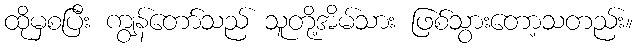
ထိုမှစပြီး ကျွန်တော်သည် သူတို့အိမ်သား ဖြစ်သွားတော့သတည်း။